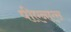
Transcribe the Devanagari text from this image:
पीएनएस